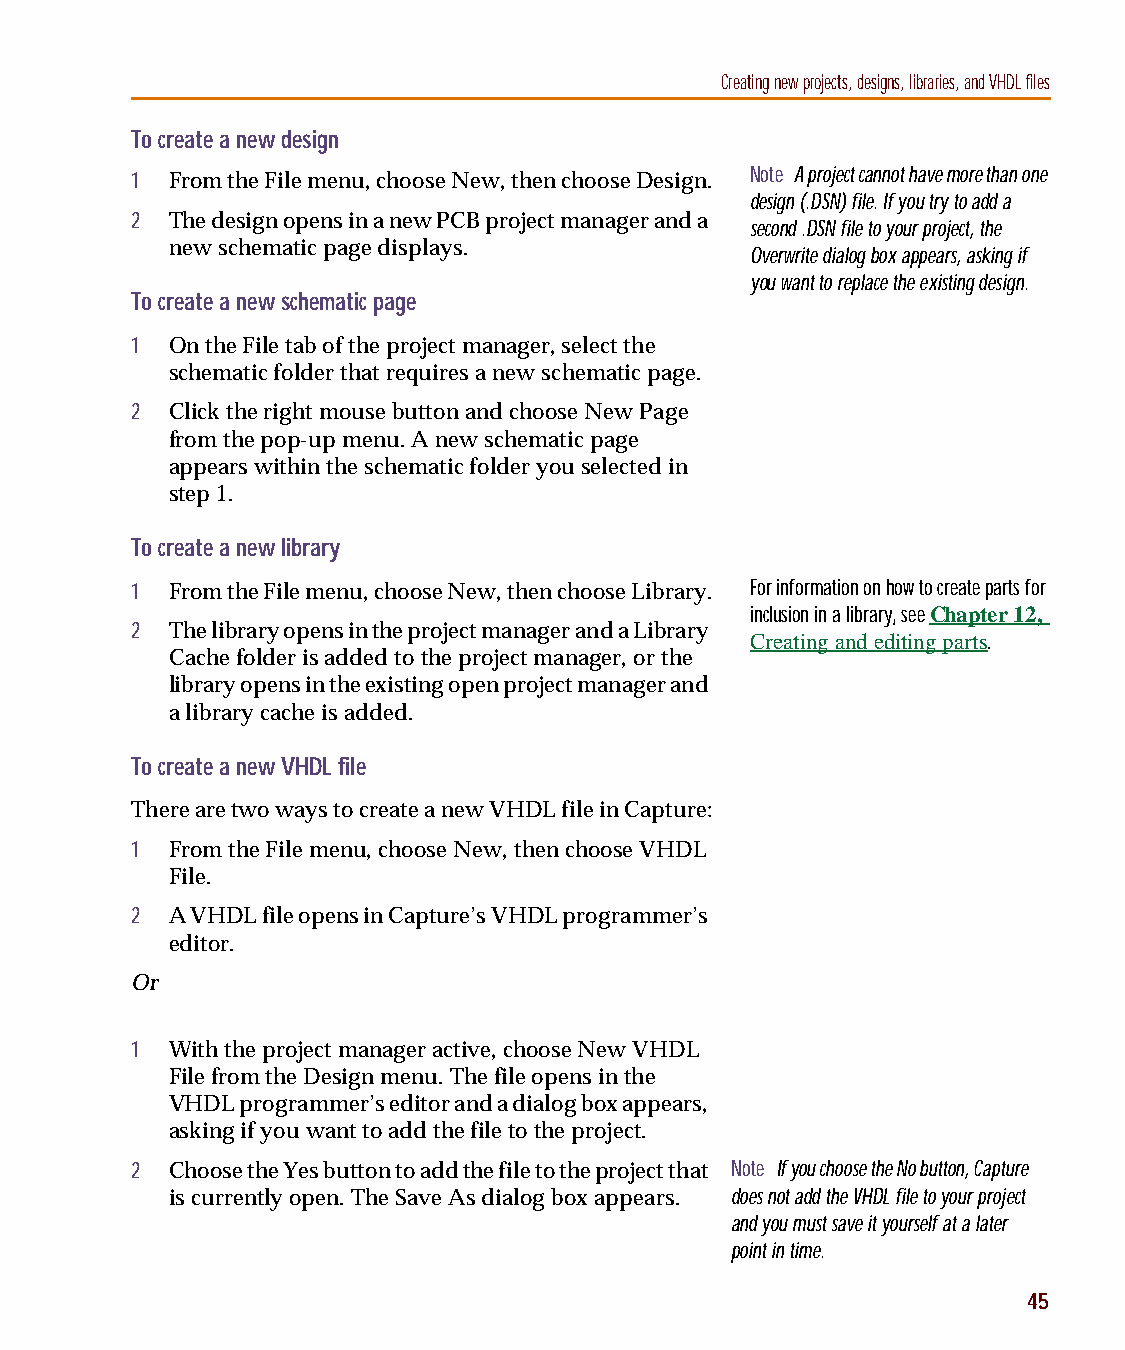
capug.book Page 45 Thursday, November 12, 1998 3:38 PM
 Creating new projects, designs, libraries, and VHDL files
 To create a new design
 Note A project cannot have more than one
 1 From the File menu, choose New, then choose Design.
 design (.DSN) file. If you try to add a
 2 The design opens in a new PCB project manager and a
 second .DSN file to your project, the
 new schematic page displays.
 Overwrite dialog box appears, asking if
 you want to replace the existing design.
 To create a new schematic page
 1 On the File tab of the project manager, select the
 schematic folder that requires a new schematic page.
 2 Click the right mouse button and choose New Page
 from the pop-up menu. A new schematic page
 appears within the schematic folder you selected in
 step 1.
 To create a new library
 1 From the File menu, choose New, then choose Library. For information on how to create parts for
 inclusion in a library, see Chapter 12,
 2 The library opens in the project manager and a Library
 Creating and editing parts.
 Cache folder is added to the project manager, or the
 library opens in the existing open project manager and
 a library cache is added.
 To create a new VHDL file
 There are two ways to create a new VHDL file in Capture:
 1 From the File menu, choose New, then choose VHDL
 File.
 2 A VHDL file opens in Capture’s VHDL programmer’s
 editor.
 Or
 1 With the project manager active, choose New VHDL
 File from the Design menu. The file opens in the
 VHDL programmer’s editor and a dialog box appears,
 asking if you want to add the file to the project.
 2 Choose the Yes button to add the file to the project that Note If you choose the No button, Capture
 is currently open. The Save As dialog box appears. does not add the VHDL file to your project
 and you must save it yourself at a later
 point in time.
 45